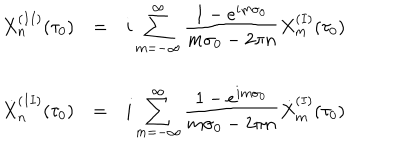
\begin{array} { l c l } { { X _ { n } ^ { ( I I ) } ( \tau _ { 0 } ) } } & { { = } } & { { { \displaystyle i \sum _ { m = - \infty } ^ { \infty } \frac { 1 - e ^ { i m \sigma _ { 0 } } } { m \sigma _ { 0 } - 2 \pi n } X _ { m } ^ { ( I ) } ( \tau _ { 0 } ) } } } \\ { { } } & { { } } & { { } } \\ { { { \dot { X } } _ { n } ^ { ( I I ) } ( \tau _ { 0 } ) } } & { { = } } & { { { \displaystyle i \sum _ { m = - \infty } ^ { \infty } \frac { 1 - e ^ { i m \sigma _ { 0 } } } { m \sigma _ { 0 } - 2 \pi n } { \dot { X } } _ { m } ^ { ( I ) } ( \tau _ { 0 } ) } } } \\ \end{array}